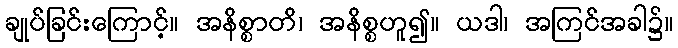
ချုပ်ခြင်းကြောင့်။ အနိစ္စာတိ၊ အနိစ္စဟူ၍။ ယဒါ၊ အကြင်အခါ၌။